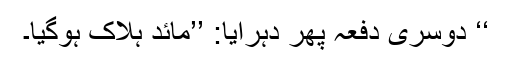
‘‘ دوسری دفعہ پھر دہرایا: ’’مائد ہلاک ہوگیا۔